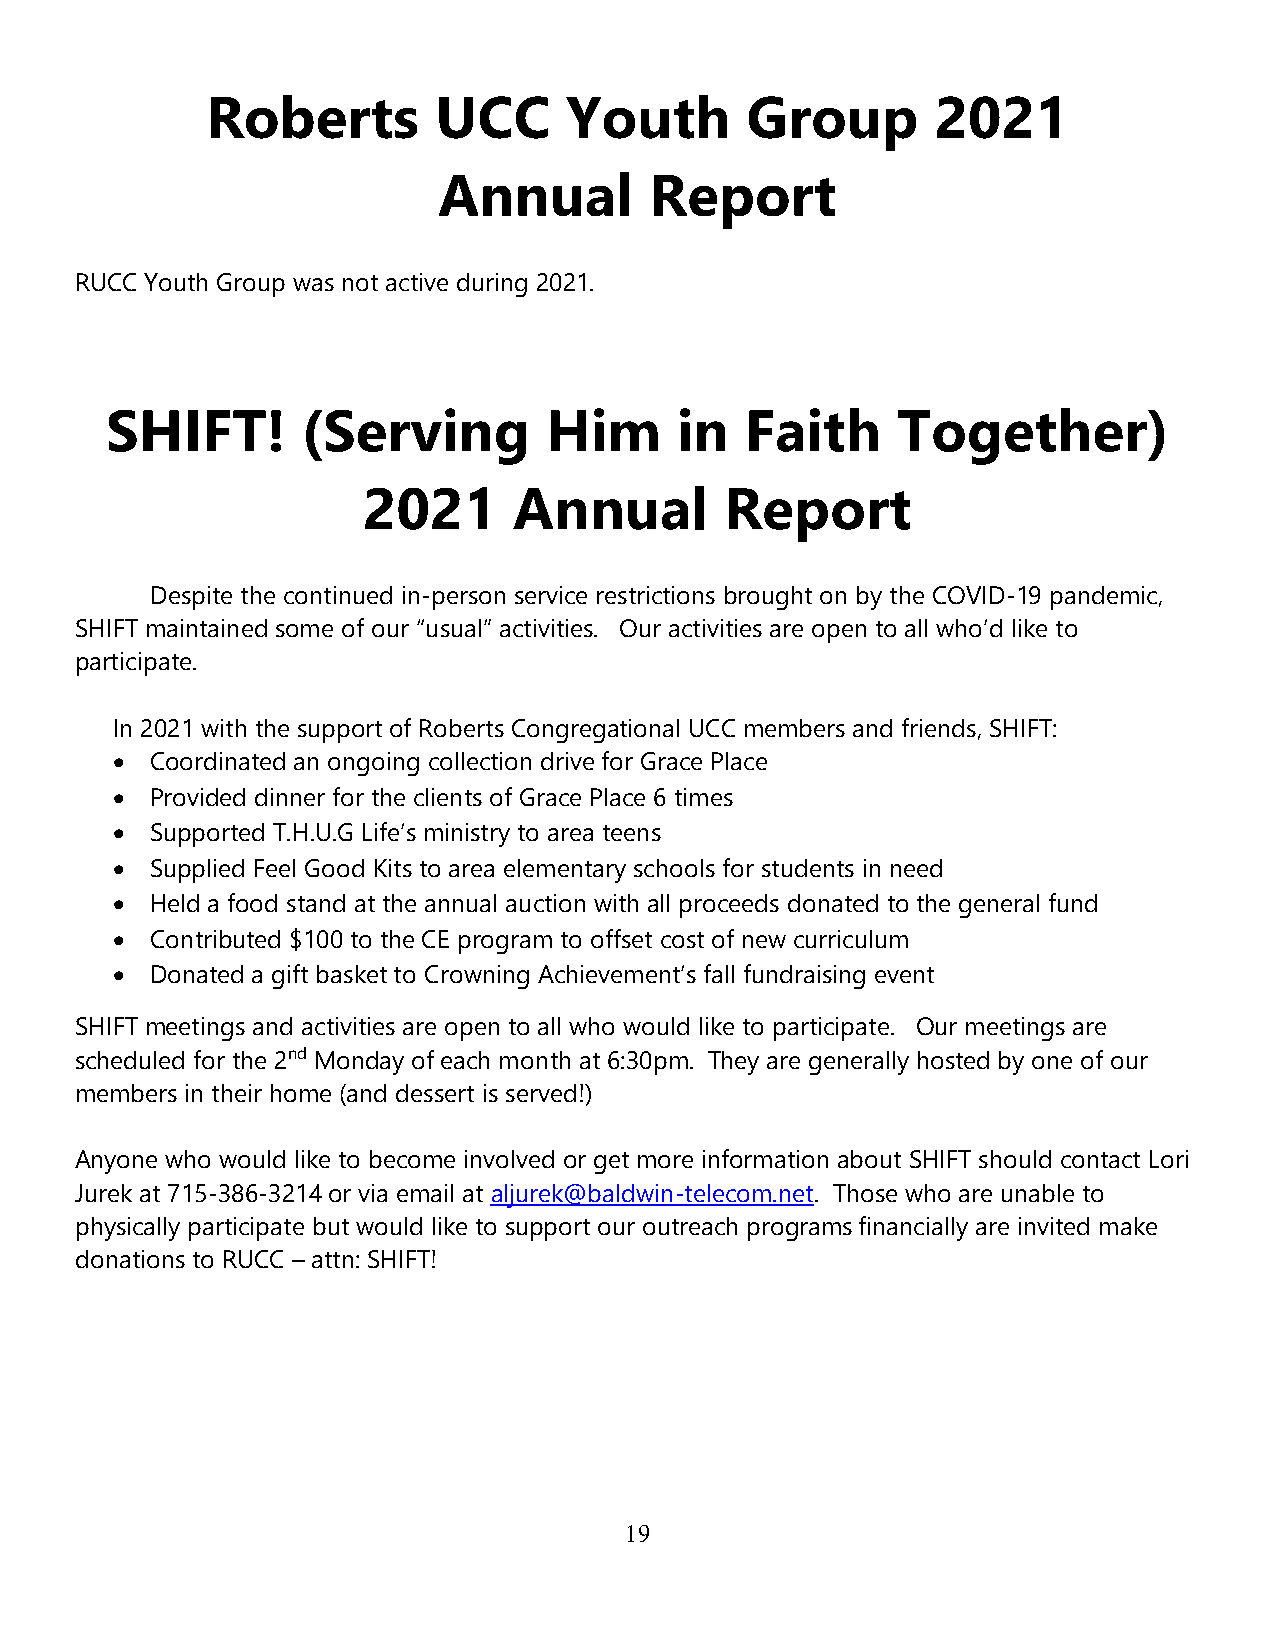
Roberts        UCC     Youth       Group        2021
 Annual        Report
 RUCC Youth Group was not active during 2021.
 SHIFT!       (Serving        Him      in  Faith     Together)
 2021      Annual        Report
 Despite the continued in-person service restrictions brought on by the COVID-19 pandemic,
 SHIFT maintained some of our “usual” activities. Our activities are open to all who’d like to
 participate.
 In 2021 with the support of Roberts Congregational UCC members and friends, SHIFT:
 •  Coordinated an ongoing collection drive for Grace Place
 •  Provided dinner for the clients of Grace Place 6 times
 •  Supported T.H.U.G Life’s ministry to area teens
 •  Supplied Feel Good Kits to area elementary schools for students in need
 •  Held a food stand at the annual auction with all proceeds donated to the general fund
 •  Contributed $100 to the CE program to offset cost of new curriculum
 •  Donated a gift basket to Crowning Achievement’s fall fundraising event
 SHIFT meetings and activities are open to all who would like to participate. Our meetings are
 scheduled for the 2nd Monday of each month at 6:30pm. They are generally hosted by one of our
 members in their home (and dessert is served!)
 Anyone who would like to become involved or get more information about SHIFT should contact Lori
 Jurek at 715-386-3214 or via email at aljurek@baldwin-telecom.net. Those who are unable to
 physically participate but would like to support our outreach programs financially are invited make
 donations to RUCC – attn: SHIFT!
 19